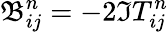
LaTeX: \mathfrak{B}_{ij}^{n}=-2\Im T_{ij}^{n}